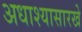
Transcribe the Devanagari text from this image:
अधाश्यासारखे